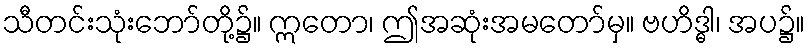
သီတင်းသုံးဘော်တို့၌။ ဣတော၊ ဤအဆုံးအမတော်မှ။ ဗဟိဒ္ဓါ၊ အပ၌။